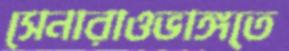
সেনারাওভাঙ্গতে